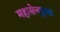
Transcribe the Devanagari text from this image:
महासेनगुप्ता